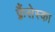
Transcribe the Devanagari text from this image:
फ़्रैंसेस्का